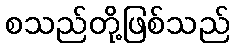
စသည်တို့ဖြစ်သည်